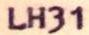
Post-och telegrafverketPosti-ja lennätinlaitos